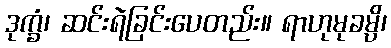
ဒုက္ခံ၊ ဆင်းရဲခြင်းပေတည်း။ ရာဟုမုခမ္ပိ၊